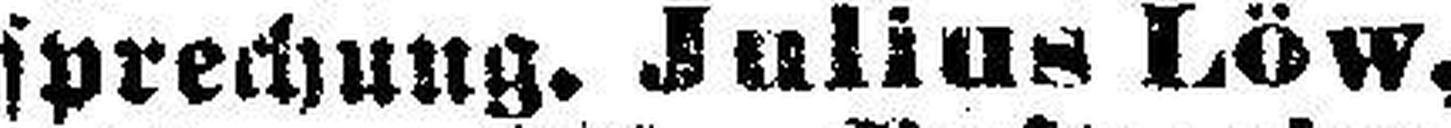
sprechung. Julius Löw,